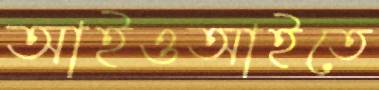
আইওআইতে